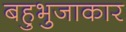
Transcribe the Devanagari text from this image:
बहुभुजाकार